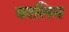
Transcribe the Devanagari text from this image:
बरलिन